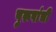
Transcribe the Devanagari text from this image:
पुरूषांची